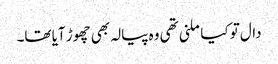
دال تو کیا ملنی تھی وہ پیالہ بھی چھوڑ آیا تھا۔